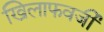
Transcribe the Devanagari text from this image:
खिलाफवर्जी